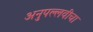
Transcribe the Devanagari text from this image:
अनुपल्लवीचा